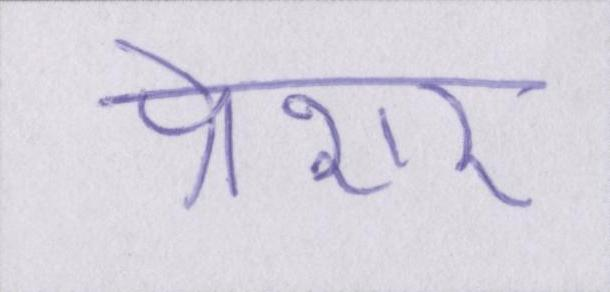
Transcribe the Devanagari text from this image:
प्रेशर